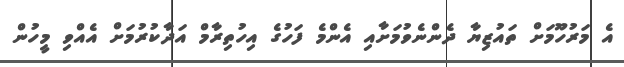
އެ މަރުހޫމަށް ތައުޒިޔާ ދެންނެވުމަށާއި އެންމެ ފަހުގެ އިހުތިރާމް އަދާކުރުމަށް އެއްވި މީހުން